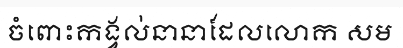
ចំពោះកង្វល់នានាដែលលោក សម